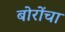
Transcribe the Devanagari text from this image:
बोरोंचा